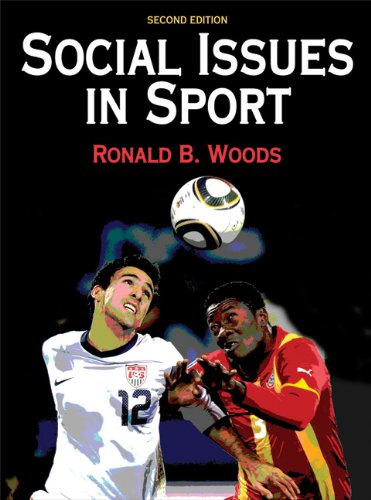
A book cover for Social Issues In Sport - 2nd Edition; Ron Woods; Sports & Outdoors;